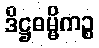
ဒိဋ္ဌဓမ္မိကဉ္စ